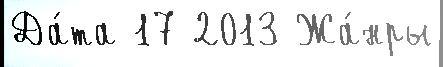
Да́та 17 2013 Жа́нры